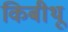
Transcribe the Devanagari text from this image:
किबीथू